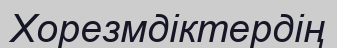
Хорезмдіктердің